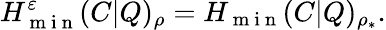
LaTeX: H_{\mathrm{~m~i~n~}}^{\varepsilon}(C|Q)_{\rho}=H_{\mathrm{~m~i~n~}}(C|Q)_{\rho_{\ast}}.